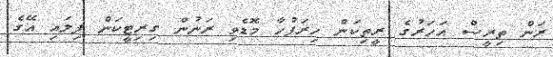
ރަން ތިރީސް އަހަރުގެ ރީތިކަން ހިރަފުހާ މޮޑެވި ރަނުން ގިރިޓީކަން ފިލައި އޭގެ